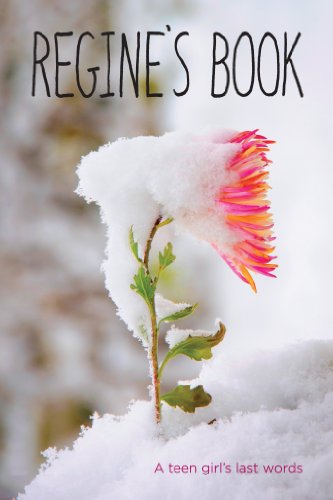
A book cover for Regine's Book: A Teen Girl's Last Words (True Stories); Regine Stokke; Teen & Young Adult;